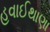
હવાઈથાણા